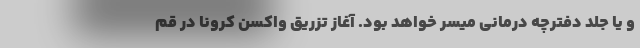
و یا جلد دفترچه درمانی میسر خواهد بود. آغاز تزریق واکسن کرونا در قم